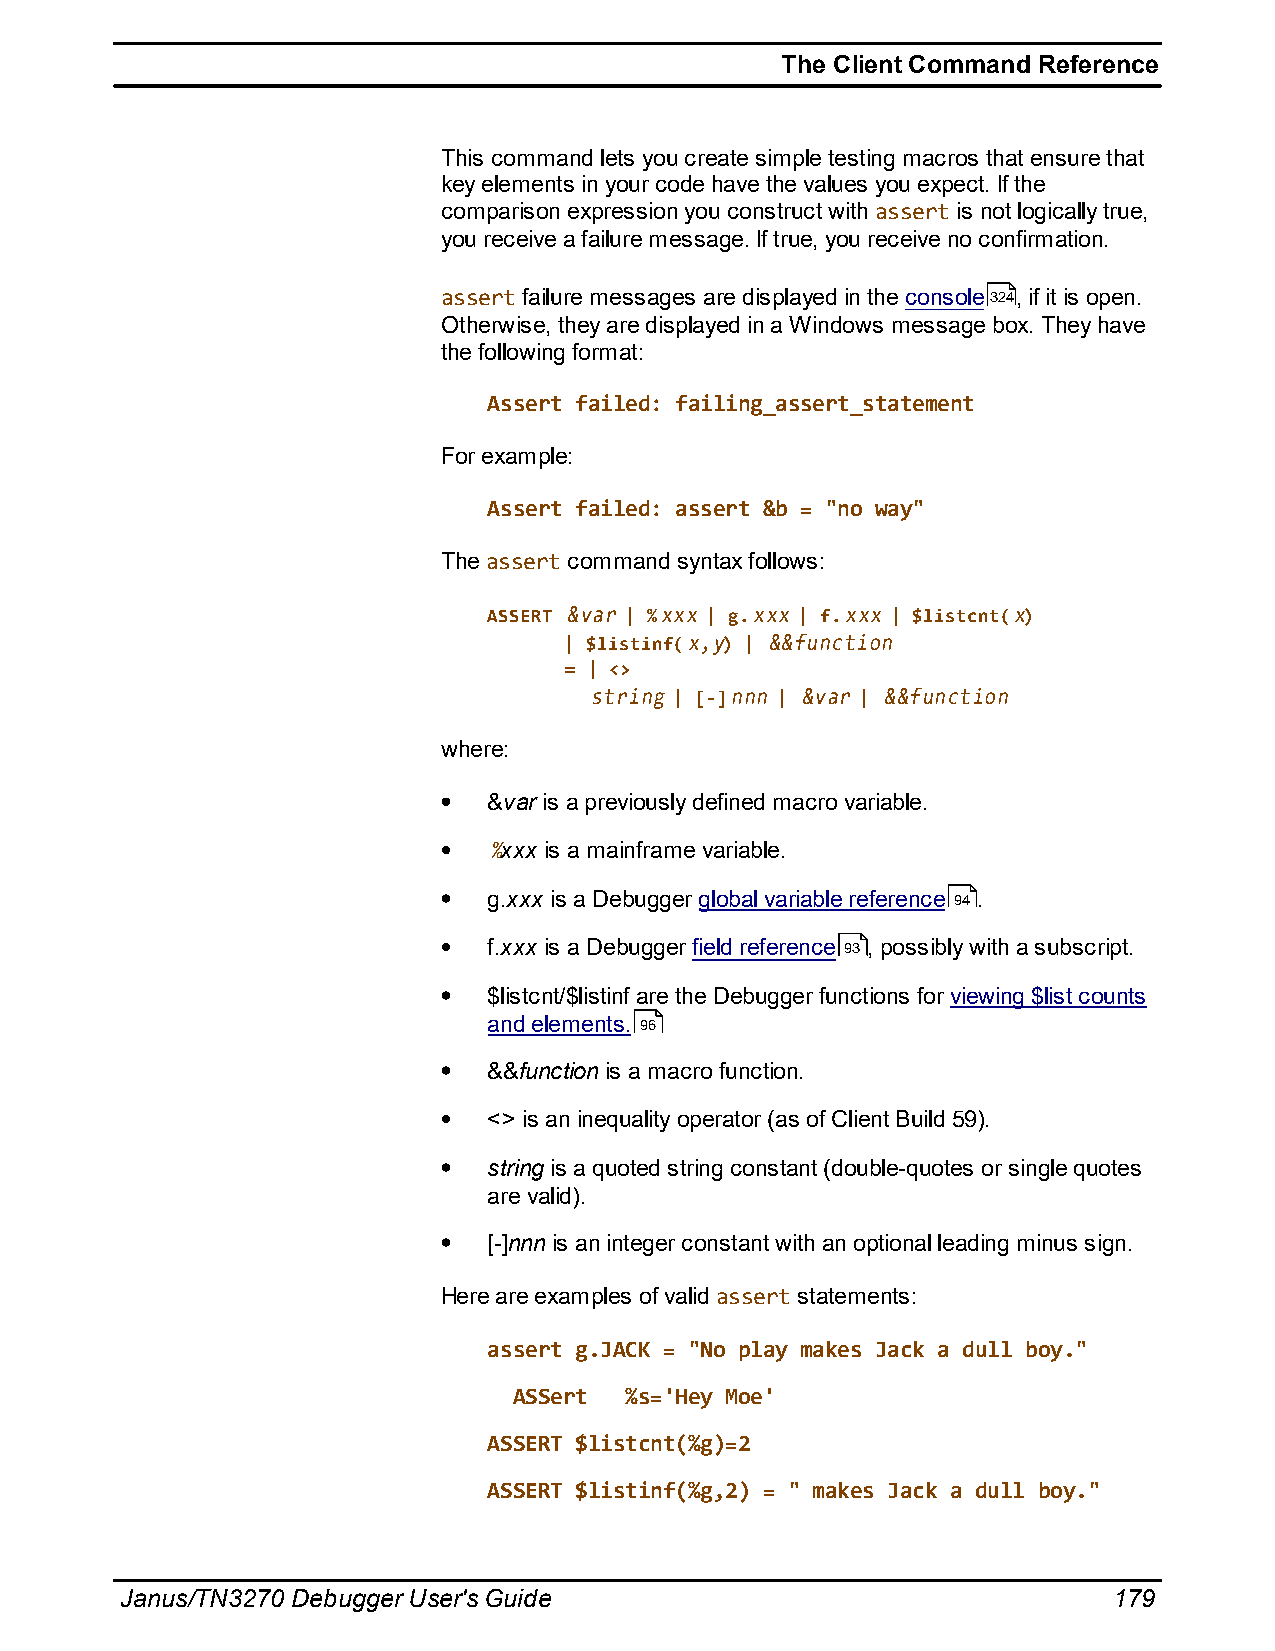
The Client Command Reference
 This command lets you create simple testing macros that ensure that
 key elements in your code have the values you expect. If the
 comparison expression you construct with assert is not logically true,
 you receive a failure message. If true, you receive no confirmation.
 assert failure messages are displayed in the console324, if it is open.
 Otherwise, they are displayed in a Windows message box. They have
 the following format:
 Assert failed: failing_assert_statement
 For example:
 Assert failed: assert &b = "no way"
 The assert command syntax follows:
 ASSERT &var | %xxx | g.xxx | f.xxx | $listcnt(x)
 | $listinf(x,y) | &&function
 = | <>
 string | [-]nnn | &var | &&function
 where:
 &var is a previously defined macro variable.
 %xxx is a mainframe variable.
 g.xxx is a Debugger global variable reference 94.
 f.xxx is a Debugger field reference 93 , possibly with a subscript.
 $listcnt/$listinf are the Debugger functions for viewing $list counts
 and elements. 96
 &&function is a macro function.
 <> is an inequality operator (as of Client Build 59).
 string is a quoted string constant (double-quotes or single quotes
 are valid).
 [-]nnn is an integer constant with an optional leading minus sign.
 Here are examples of valid assert statements:
 assert g.JACK = "No play makes Jack a dull boy."
 ASSert %s='Hey Moe'
 ASSERT $listcnt(%g)=2
 ASSERT $listinf(%g,2) = " makes Jack a dull boy."
 Janus/TN3270 Debugger User's Guide                                179